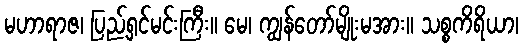
မဟာရာဇ၊ ပြည့်ရှင်မင်းကြီး။ မေ၊ ကျွန်တော်မျိုးမအား။ သစ္စကိရိယာ၊